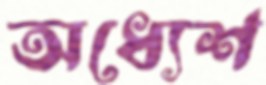
অধ্যেশ